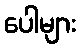
ပေါများ